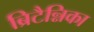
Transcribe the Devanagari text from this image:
ब्रिटैन्निका